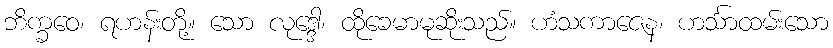
ဘိက္ခဝေ၊ ရဟန်းတို့။ သော လုဒ္ဒေါ၊ ထိုခေမာမုဆိုးသည်။ ဟံသကာဇေန၊ ဟင်္သာထမ်းသော